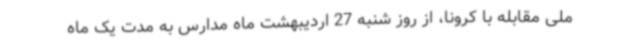
ملی مقابله با کرونا، از روز شنبه 27 اردیبهشت ماه مدارس به مدت یک ماه